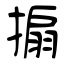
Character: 搧